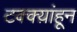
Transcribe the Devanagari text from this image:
टक्क्य़ांहून